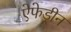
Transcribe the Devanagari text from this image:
ऐफेड्रीन